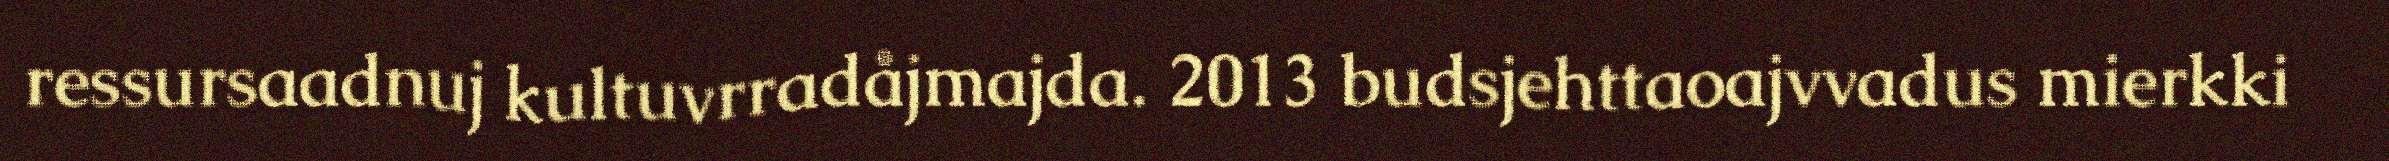
ressursaadnuj kultuvrradåjmajda. 2013 budsjehttaoajvvadus mierkki